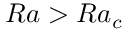
{ R a > R a _ { c } }